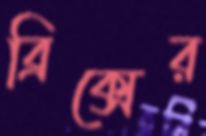
ব্রিক্সের